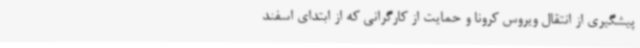
پیشگیری از انتقال ویروس کرونا و حمایت از کارگرانی که از ابتدای اسفند